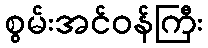
စွမ်းအင်ဝန်ကြီး